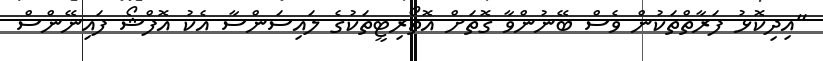
"އިދިކޮޅު ފަރާތްތަކުން ވެސް ބޭނުންވާ ގޮތަށް އޮތޯރިޓީތަކުގެ ލައިސަންސާ އެކު އޮފްޝޯ ފައިނޭންސް